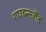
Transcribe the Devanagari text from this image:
शाउइन्सलैंड